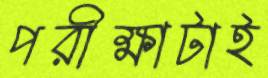
পরীক্ষাটাই